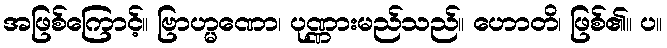
အဖြစ်ကြောင့်။ ဗြာဟ္မဏော၊ ပုဏ္ဏားမည်သည်။ ဟောတိ၊ ဖြစ်၏။ ပ။